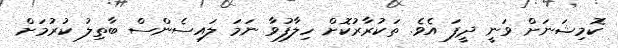
ކޮމިޝަނަށް ވަނީ ދީފަ އެވެ. ތަކުރާރުކޮށް ހިލާފުވާ ނަމަ ލައިސެންސް ބާތިލު ކުރުމަށް